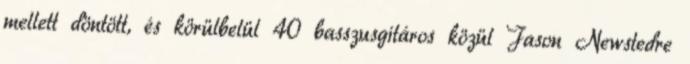
mellett döntött, és körülbelül 40 basszusgitáros közül Jason Newstedre